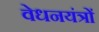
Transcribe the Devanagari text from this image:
वेधनयंत्रों